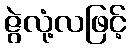
ဇွဲလုံ့လဖြင့်